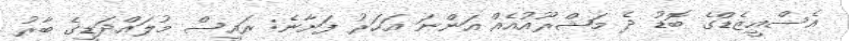
އެސްއީޒެޑްގެ ބޮޑު ދެ މަޝްރޫއުއެއް އަންނަ އަހަރު ފަށާނެ: ރައީސް މުލައްދަޑީގެ ބާރު